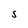
Character: S